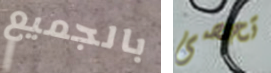
بالجميع تحصى